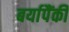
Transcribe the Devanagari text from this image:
बर्यापैंकी